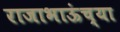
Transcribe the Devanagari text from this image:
राजाभाऊंच्या